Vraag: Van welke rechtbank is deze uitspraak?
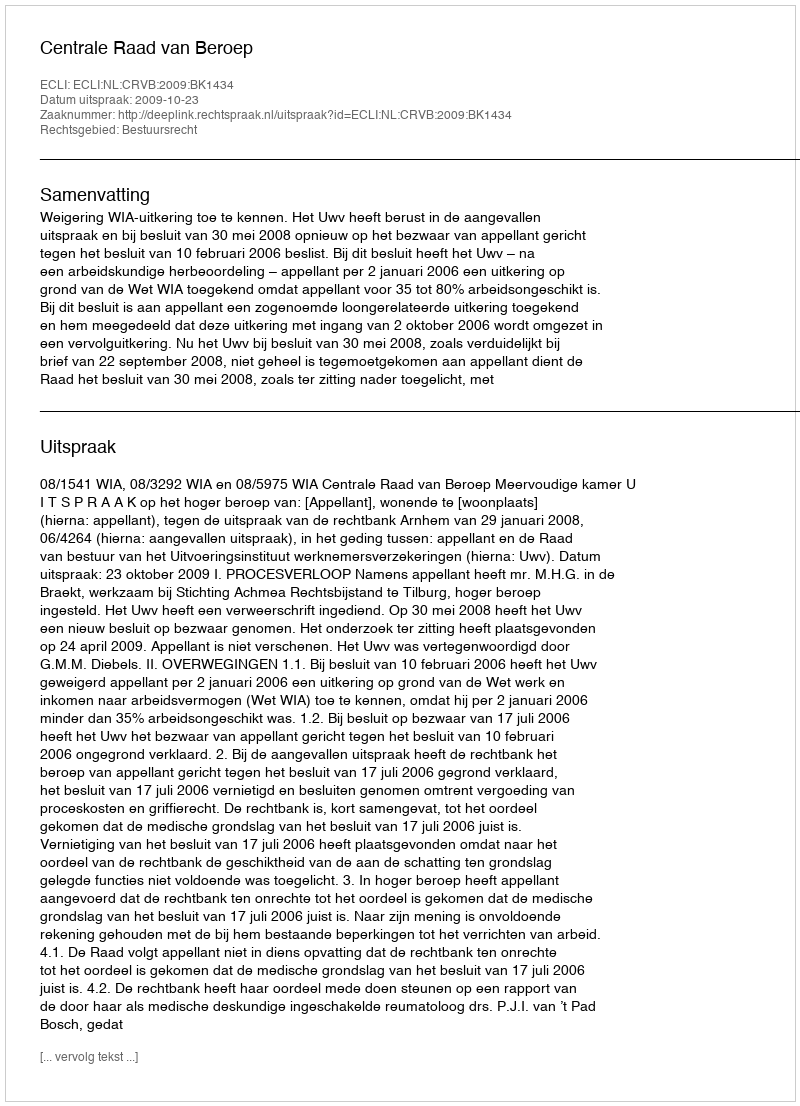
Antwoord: Centrale Raad van Beroep